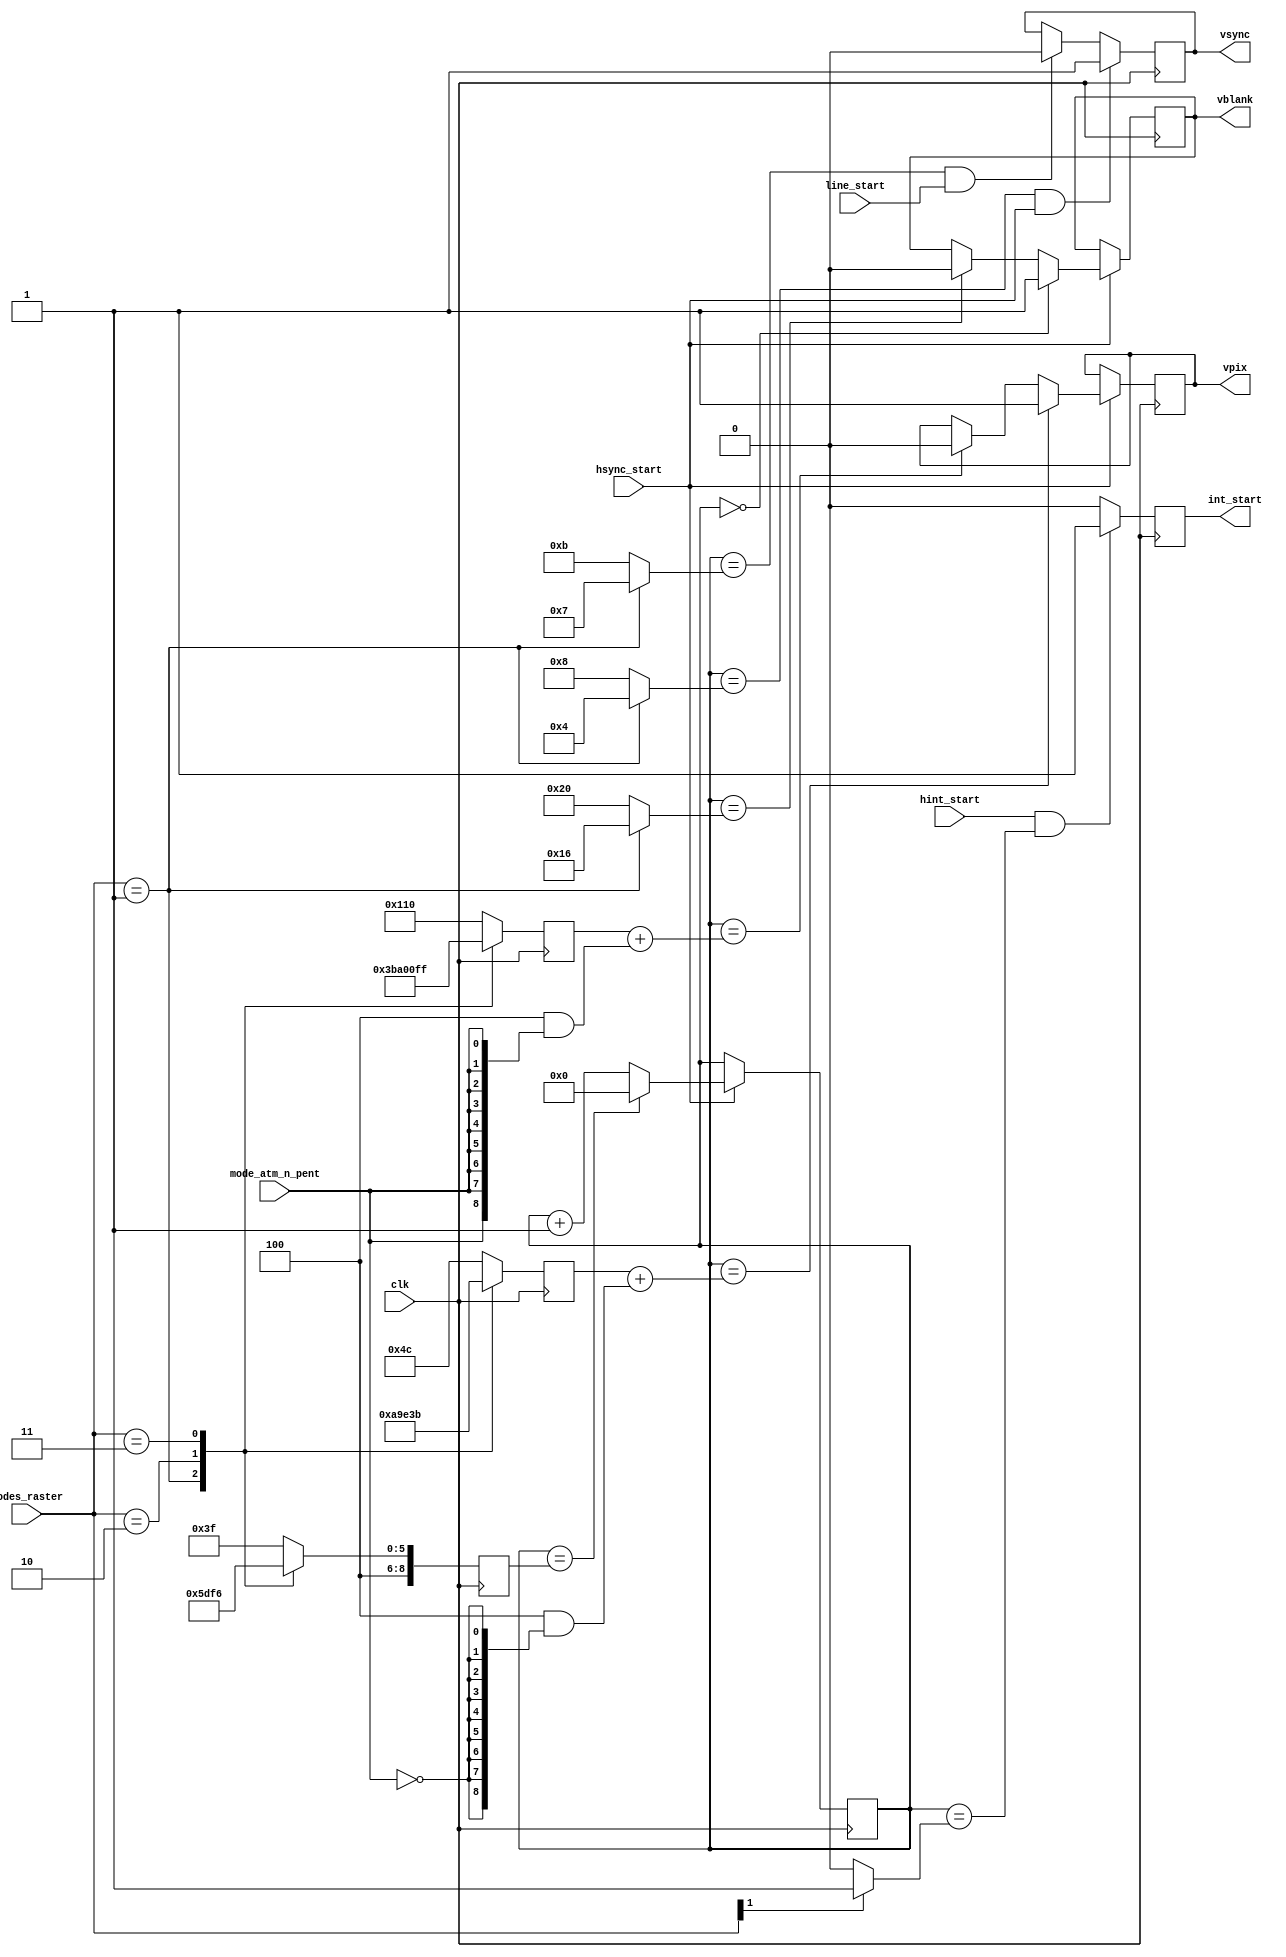
module video_sync_v(

	input  wire        clk,

	input  wire        hsync_start, // synchronizing signal
	input  wire        line_start,  // to end vsync some time after hsync has ended

	input  wire        hint_start,



	// atm video mode input
	input  wire        mode_atm_n_pent,

	input  wire [ 1:0] modes_raster,


	output reg         vblank,
	output reg         vsync,

	output reg         int_start, // one-shot positive pulse marking beginning of INT for Z80

	output reg         vpix // vertical picture marker: active when there is line with pixels in it, not just a border. changes with hsync edge
);





	localparam VBLNK_BEG = 9'd00;

	localparam VSYNC_BEG_50HZ = 9'd08;
	localparam VSYNC_END_50HZ = 9'd11;
	localparam VBLNK_END_50HZ = 9'd32;
	
	localparam VSYNC_BEG_60HZ = 9'd04;
	localparam VSYNC_END_60HZ = 9'd07;
	localparam VBLNK_END_60HZ = 9'd22;


/*	// pentagon (x192)
	localparam VPIX_BEG_PENT = 9'd080;
	localparam VPIX_END_PENT = 9'd272;

	// ATM (x200)
	localparam VPIX_BEG_ATM = 9'd076;
	localparam VPIX_END_ATM = 9'd276;
*/

	localparam VPIX_BEG_PENTAGON = 9'd076; // for pentagon raster: actual begin is for x200 s, add 4 for x192 modes
	localparam VPIX_END_PENTAGON = 9'd272; // actual end is for x192 modes, add 4 for x200 modes.

	localparam VPIX_BEG_60HZ     = 9'd042;
	localparam VPIX_END_60HZ     = 9'd238;

	localparam VPIX_BEG_48K      = 9'd060;
	localparam VPIX_END_48K      = 9'd256;

	localparam VPIX_BEG_128K     = 9'd059;
	localparam VPIX_END_128K     = 9'd255;

/*	// ntsc
	// pentagon (x192)
	localparam VPIX60_BEG_PENT = 9'd046;
	localparam VPIX60_END_PENT = 9'd238;
	// ATM (x200)
	localparam VPIX60_BEG_ATM = 9'd042;
	localparam VPIX60_END_ATM = 9'd242;
*/	//

	localparam VPERIOD_PENTAGON = 9'd320;
	localparam VPERIOD_60HZ     = 9'd262;
	localparam VPERIOD_48K      = 9'd312;
	localparam VPERIOD_128K     = 9'd311;


	localparam INT_BEG      = 9'd0;
	localparam INT_BEG_48K  = 9'd1;
	localparam INT_BEG_128K = 9'd1;
	
	
	
	reg [8:0] vcount;

	reg [8:0] vperiod;
	reg [8:0] vpix_beg;
	reg [8:0] vpix_end;



	initial // for simulation only
	begin
		vcount = 9'd0;
		vsync = 1'b0;
		vblank = 1'b0;
		vpix = 1'b0;
		int_start = 1'b0;
		vperiod = 'd0;
		vpix_beg = 'd0;
		vpix_end = 'd0;
	end

	always @(posedge clk)
	case( modes_raster )
		default: vperiod <= VPERIOD_PENTAGON - 9'd1;
		2'b01:   vperiod <= VPERIOD_60HZ     - 9'd1;
		2'b10:   vperiod <= VPERIOD_48K      - 9'd1;
		2'b11:   vperiod <= VPERIOD_128K     - 9'd1;
	endcase

	always @(posedge clk)
	case( modes_raster )
		default: vpix_beg <= VPIX_BEG_PENTAGON;
		2'b01:   vpix_beg <= VPIX_BEG_60HZ    ;
		2'b10:   vpix_beg <= VPIX_BEG_48K     ;
		2'b11:   vpix_beg <= VPIX_BEG_128K    ;
	endcase

	always @(posedge clk)
	case( modes_raster )
		default: vpix_end <= VPIX_END_PENTAGON;
		2'b01:   vpix_end <= VPIX_END_60HZ    ;
		2'b10:   vpix_end <= VPIX_END_48K     ;
		2'b11:   vpix_end <= VPIX_END_128K    ;
	endcase


	always @(posedge clk) if( hsync_start )
	begin
		if( vcount==vperiod )
		begin
			vcount <= 9'd0;
		end
		else
			vcount <= vcount + 9'd1;
	end



	always @(posedge clk) if( hsync_start )
	begin
		if( vcount==VBLNK_BEG )
			vblank <= 1'b1;
		else if( vcount==( (modes_raster==2'b01) ? VBLNK_END_60HZ : VBLNK_END_50HZ ) )
			vblank <= 1'b0;
	end


	always @(posedge clk)
	begin
		if( vcount==( modes_raster==2'b01 ? VSYNC_BEG_60HZ : VSYNC_BEG_50HZ ) && hsync_start )
			vsync <= 1'b1;
		else if( vcount==( modes_raster==2'b01 ? VSYNC_END_60HZ : VSYNC_END_50HZ ) && line_start  )
			vsync <= 1'b0;
	end


	always @(posedge clk)
	begin
		//if( hint_start && vcount==( modes_raster[1] ? (modes_raster[0] ? INT_BEG_128K : INT_BEG_48K) : INT_BEG ) )
		if( hint_start && vcount==( modes_raster[1] ? (modes_raster[0] ? INT_BEG_128K : INT_BEG_48K) : INT_BEG ) )
			int_start <= 1'b1;
		else
			int_start <= 1'b0;
	end



	always @(posedge clk) if( hsync_start )
	begin
		if( vcount==(vpix_beg + (9'd4 & {9{~mode_atm_n_pent}})) )
			vpix <= 1'b1;
		else if( vcount==(vpix_end + (9'd4 & {9{mode_atm_n_pent}})) )
			vpix <= 1'b0;
	end


endmodule